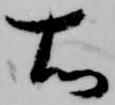
右